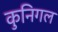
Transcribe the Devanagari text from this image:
कुनिगल